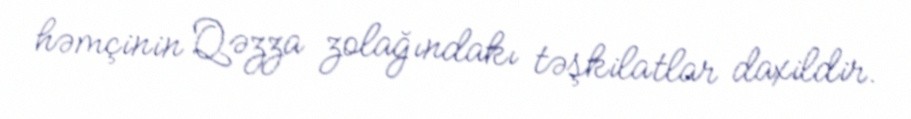
həmçinin Qəzza zolağındakı təşkilatlar daxildir.